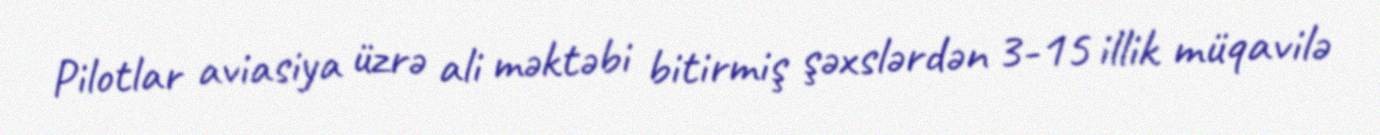
Pilotlar aviasiya üzrə ali məktəbi bitirmiş şəxslərdən 3-15 illik müqavilə